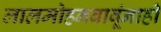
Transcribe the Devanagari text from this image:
लालमोहनबाबूंनाही